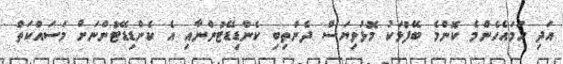
އަދި ހަމައެހެންމެ ކޮންމެ ބޭފުޅަކު މޮޅުވިޔަސް ދެންތިބި ކެންޑިޑޭޓުންނާއި އެ ކެންޑިޑޭޓުންނަށް މަސައްކަތް